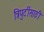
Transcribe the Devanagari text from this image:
त्रिपुटींसाठी